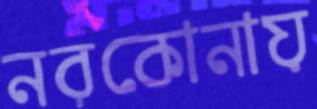
নরকোনায়